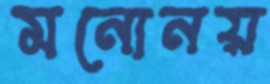
মনোনয়